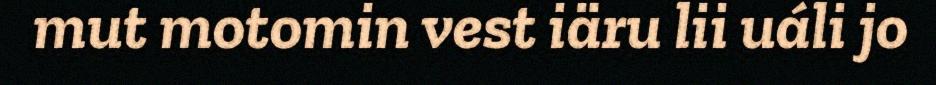
mut motomin vest iäru lii uáli jo